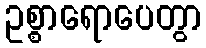
ဥစ္စာရောပေတွာ